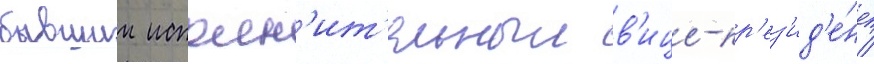
бывшии исполн'ит'ельныи в'ице-пр'ез'ид'е́нт /